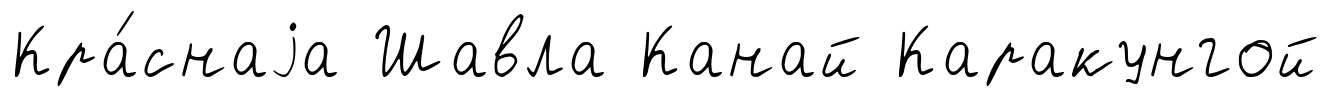
Кра́снаjа Шавла Канай Каракунгой